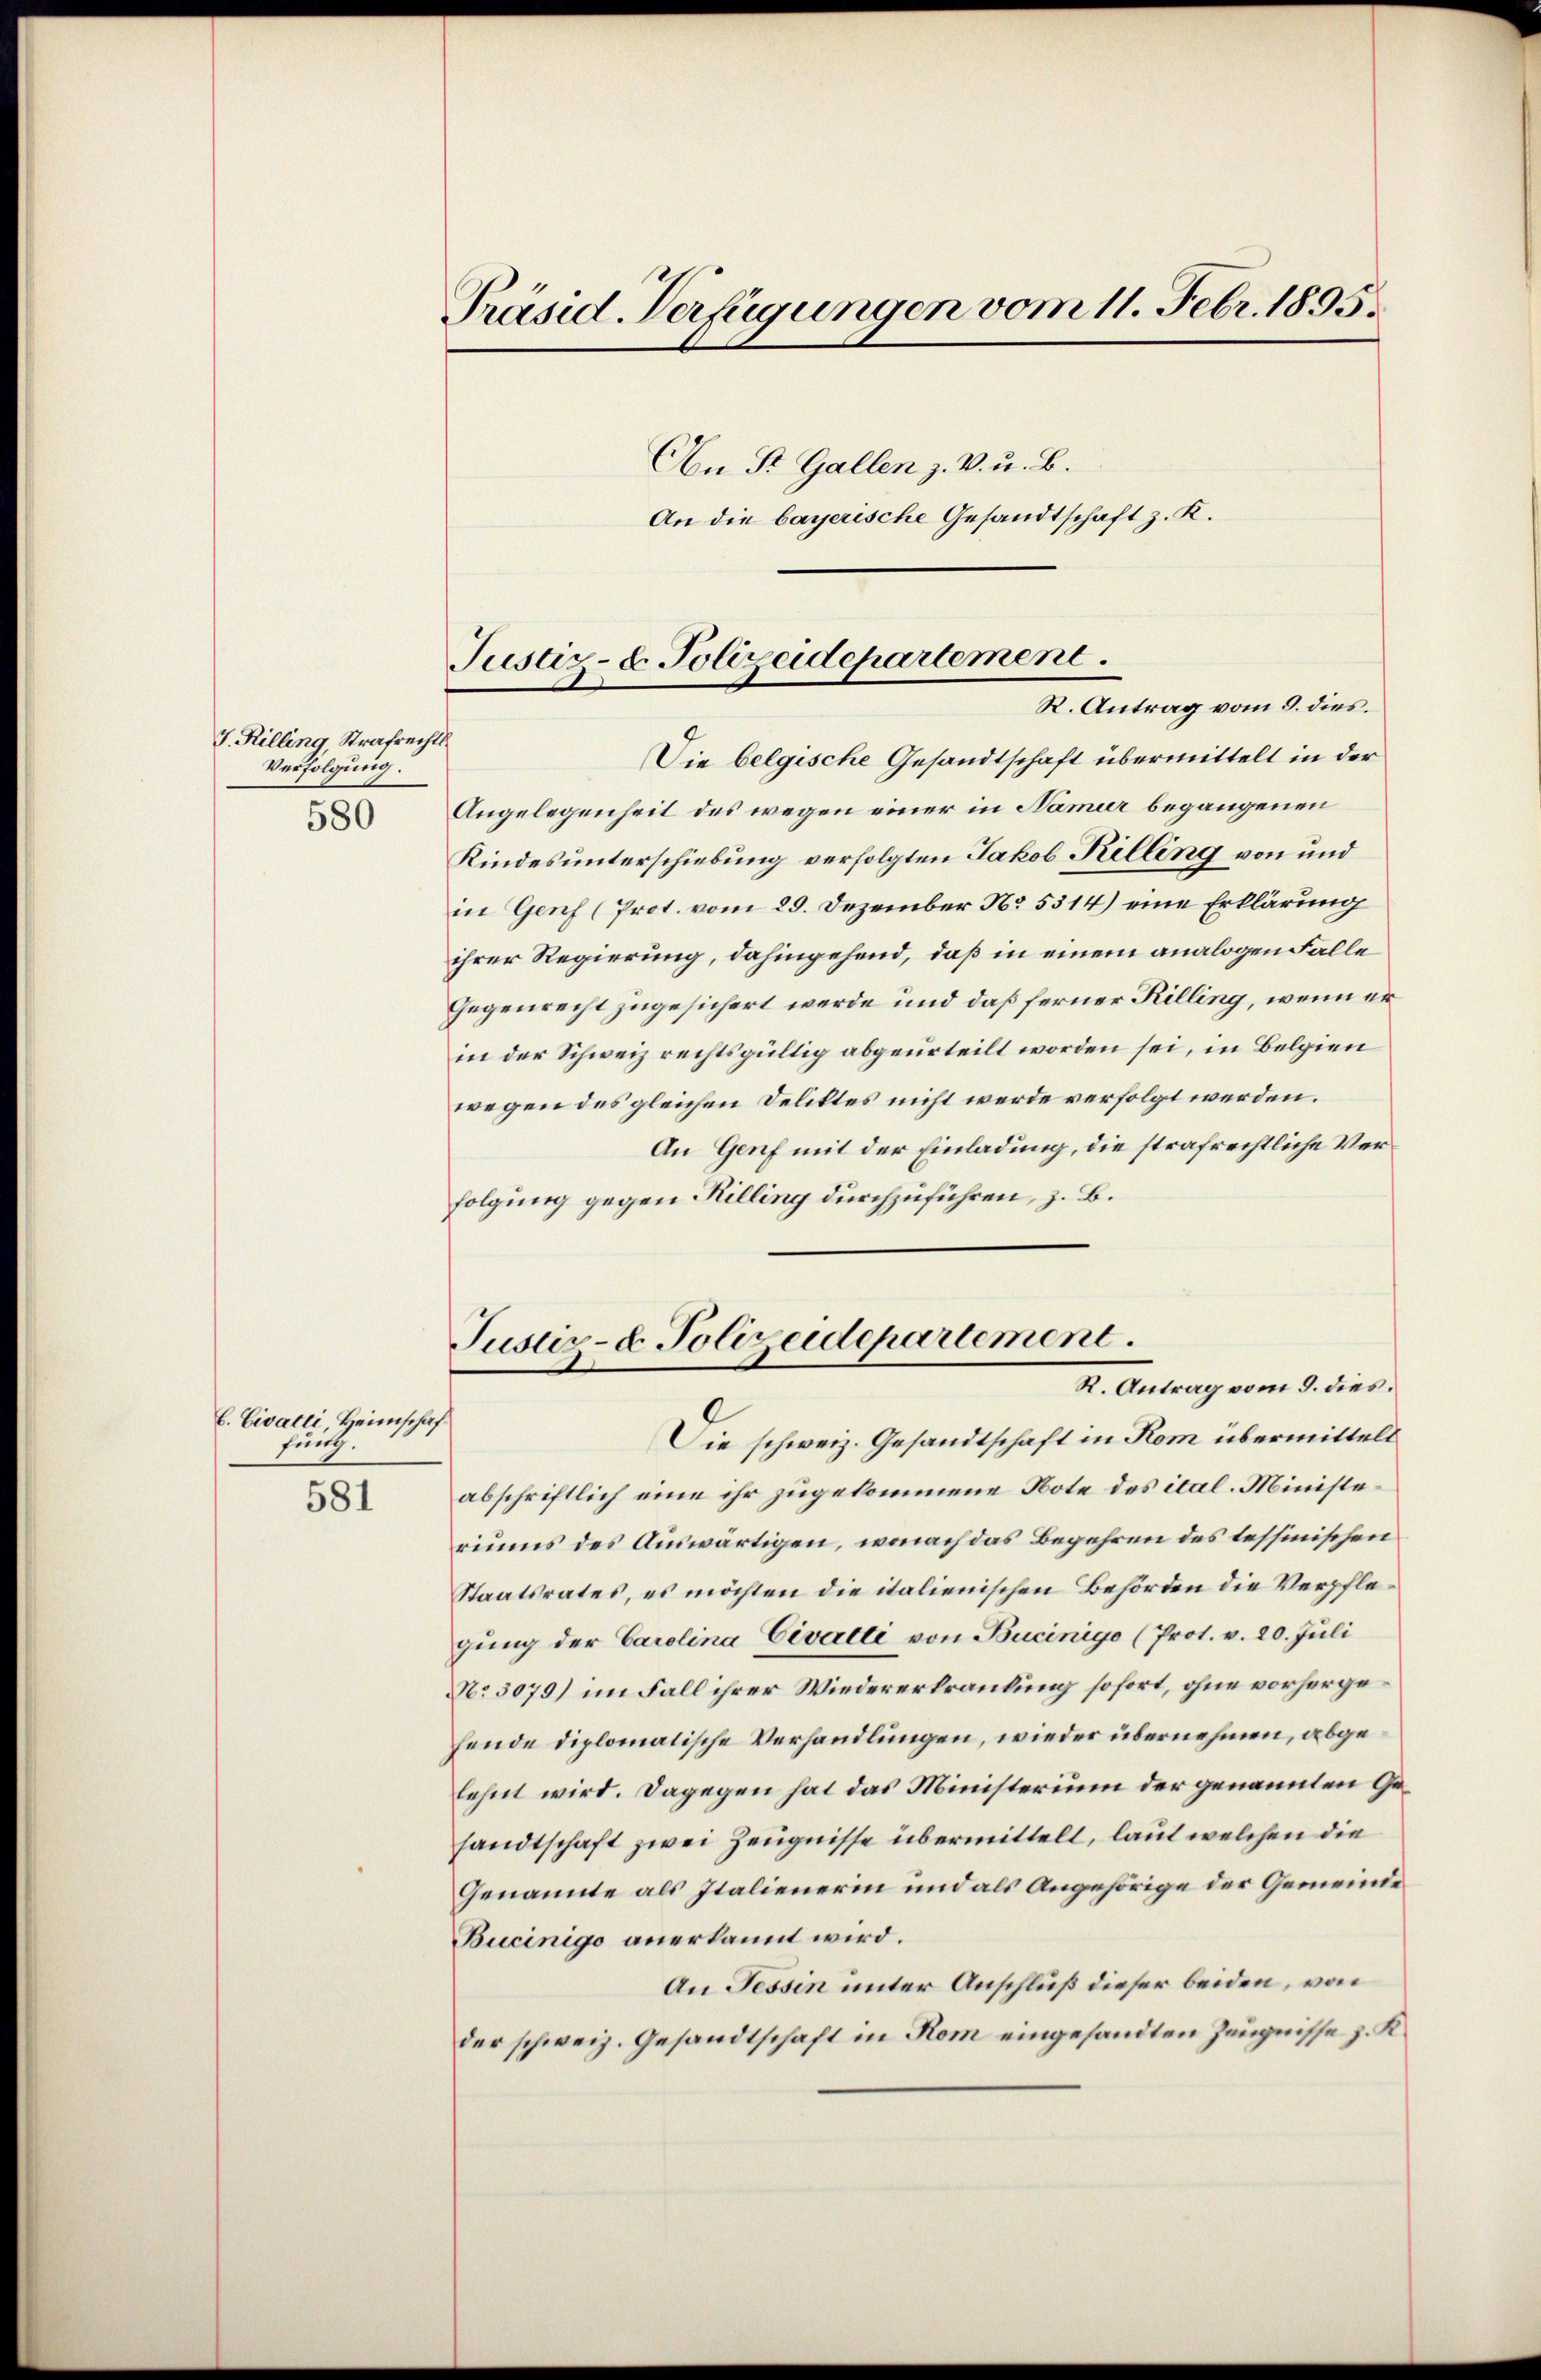
J. Rilling, Strafrechts
Verfolgung.
580

b. Civatti, Heimschaf
funt.

581

Präsid. Verfügungen vom 11. Febr. 1895.
An St. Gallen z. V. u. B.

An die bayerische Gesandtschaft z. K.

Justiz- & Polizeidepartement.
R. Antrag vom 9. dies

Die belgische Gesandtschaft übermittelt in der
Angelegenheit des wegen einer in Namier begangenen
Kindes unterschiebung verfolgten Jakob Killing von und
in Genf (Prot. vom 29. Dezember No. 5314) eine Erklärung
ihrer Regierung, dahingehend, daß in einem analogen Falle
Gegenrecht zugesichert werde und daß ferner Rilling, wenn er
in der Schweiz rechtsgültig abgeurteilt worden sei, in Belgien
wegen des gleichen Deliktes nicht werde verfolgt werden.
An Genf mit der Einladung, die strafrechtliche Verfolgung gegen Killing durchzuführen, z. B.
Die schweiz. Gesandtschaft in Rom übermittelt
abschriftlich eine ihr zugekommene Note des ital. Ministeriums des Auswärtigen, wonach das Begehren des tessinischen
Staatsrates, es möchten die italienischen Behörden die Verpflegung der Carolina Civalti von Bueinigo (Prot. v. 20. Juli
N. 5079) im Fall ihrer Wiedererkrankung sofort, ohne vorhergefende diplomatische Verhandlungen, wieder übernehmen, abgelehnt wird. Dagegen hat das Ministerium der genannten Gesandtschaft zwei Zeugnisse übermittelt, laut welchen die
Genannte als Italienerin und als Angehörige der Gemeinde
Bucinigo anerkannt wird.
An Tessin unter Anschluß dieser beiden, von
der schweiz. Gesandtschaft in Kom eingesandten Zeugnisse z. R.

Justiz- & Polizeidepartement.
R. Antrag vom 9. dies.